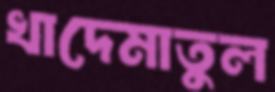
খাদেমাতুল